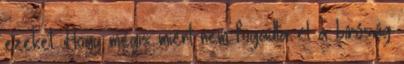
ezeket. Hogy mégis miért nem fogadta el a bíróság